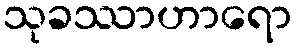
သုခဿာဟာရော